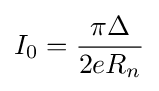
I_{0}={\frac {\pi \Delta }{2eR_{n}}}